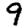
Digit: 9